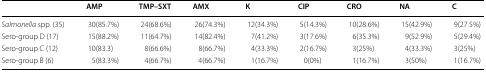
<table><thead><tr><td></td><td><b>AMP</b></td><td><b>TMP–SXT</b></td><td><b>AMX</b></td><td><b>K</b></td><td><b>CIP</b></td><td><b>CRO</b></td><td><b>NA</b></td><td><b>C</b></td></tr></thead><tbody><tr><td><i>Salmonella</i> spp. (35)</td><td>30(85.7%)</td><td>24(68.6%)</td><td>26(74.3%)</td><td>12(34.3%)</td><td>5(14.3%)</td><td>10(28.6%)</td><td>15(42.9%)</td><td>9(27.5%)</td></tr><tr><td>Sero-group D (17)</td><td>15(88.2%)</td><td>11(64.7%)</td><td>14(82.4%)</td><td>7(41.2%)</td><td>3(17.6%)</td><td>6(35.3%)</td><td>9(52.9%)</td><td>5(29.4%)</td></tr><tr><td>Sero-group C (12)</td><td>10(83.3)</td><td>8(66.6%)</td><td>8(66.7%)</td><td>4(33.3%)</td><td>2(16.7%)</td><td>3(25%)</td><td>4(33.3%)</td><td>3(25%)</td></tr><tr><td>Sero-group B (6)</td><td>5(83.3%)</td><td>4(66.7%)</td><td>4(66.7%)</td><td>1(16.7%)</td><td>0(0%)</td><td>1(16.7%)</td><td>3(50%)</td><td>1(16.7%)</td></tr></tbody></table>